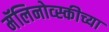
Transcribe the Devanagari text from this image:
मॅलिनोव्स्कीच्या